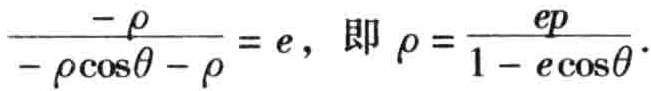
\(\frac{-\rho}{-\rho\cos\theta - \rho} = e，即\rho = \frac{ep}{1 - e\cos\theta}\)